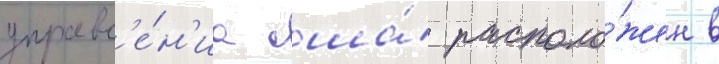
управл'е́н'иа сша́ располо́жен в